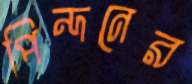
পিন্দনের